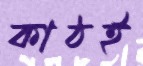
কাঠই